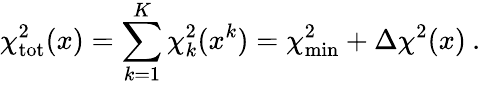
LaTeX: \chi_{\mathrm{tot}}^{2}(x)=\sum_{k=1}^{K}\chi_{k}^{2}(x^{k})=\chi_{\mathrm{min}}^{2}+\Delta\chi^{2}(x)\: .